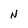
Character: N